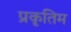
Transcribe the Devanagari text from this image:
प्रकृतिम